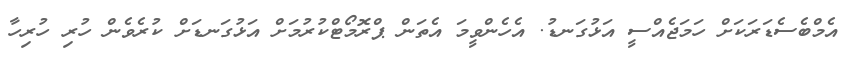
އެމްބެސެޑަރަކަށް ހަމަޖެއްސީ އަޅުގަނޑު. އެހެންވީމަ އެތަން ޕްރޮމޯޓްކުރުމަށް އަޅުގަނޑަށް ކުރެވެން ހުރި ހުރިހާ